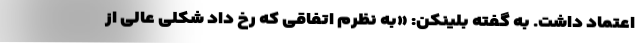
اعتماد داشت. به گفته بلینکن: «به نظرم اتفاقی که رخ داد شکلی عالی از